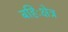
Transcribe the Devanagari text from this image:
बहिःक्षेत्र